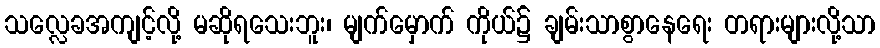
သလ္လေခအကျင့်လို့ မဆိုရသေးဘူး၊ မျက်မှောက် ကိုယ်၌ ချမ်းသာစွာနေရေး တရားများလို့သာ